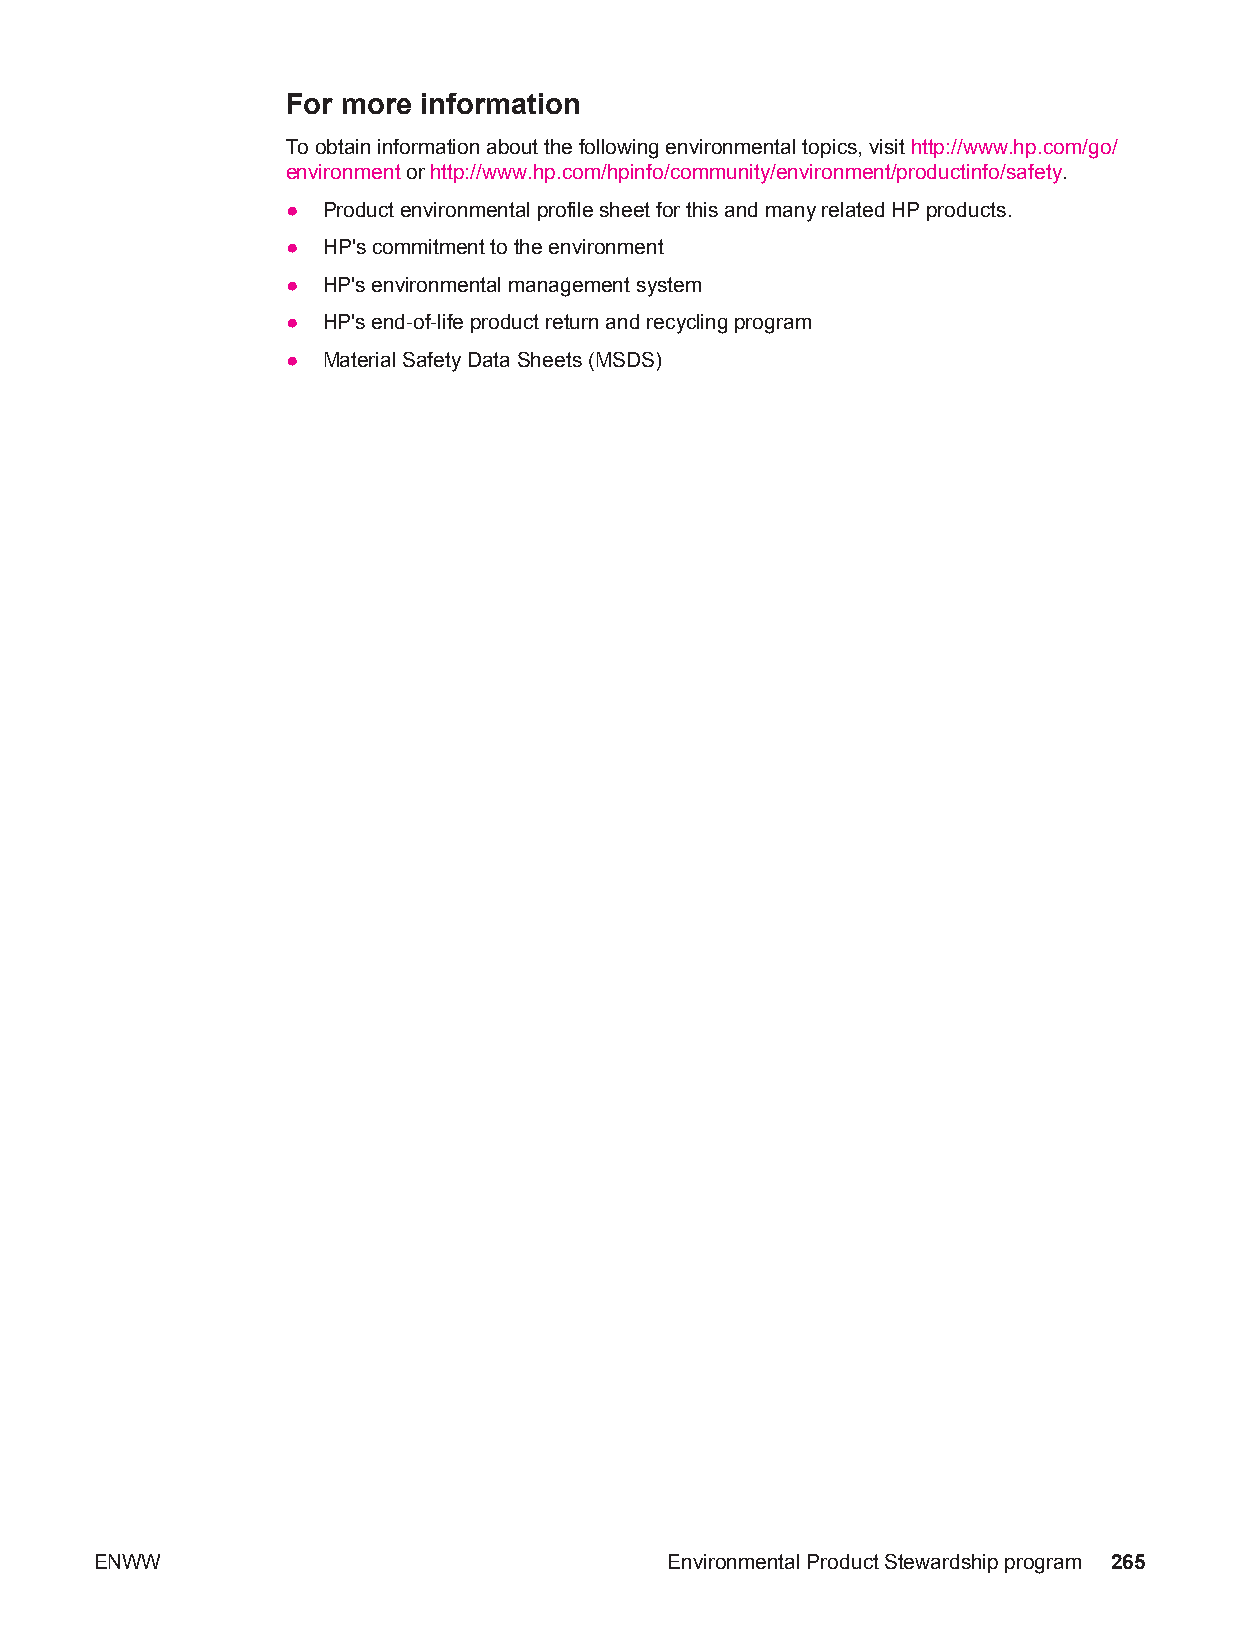
For more information
 To obtain information about the following environmental topics, visit http://www.hp.com/go/
 environment or http://www.hp.com/hpinfo/community/environment/productinfo/safety.
 ● Product environmental profile sheet for this and many related HP products.
 ● HP's commitment to the environment
 ● HP's environmental management system
 ● HP's end-of-life product return and recycling program
 ● Material Safety Data Sheets (MSDS)
 ENWW                                  Environmental Product Stewardship program 265